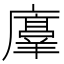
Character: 𫸇